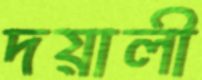
দয়ালী